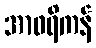
အာဖရိကန်